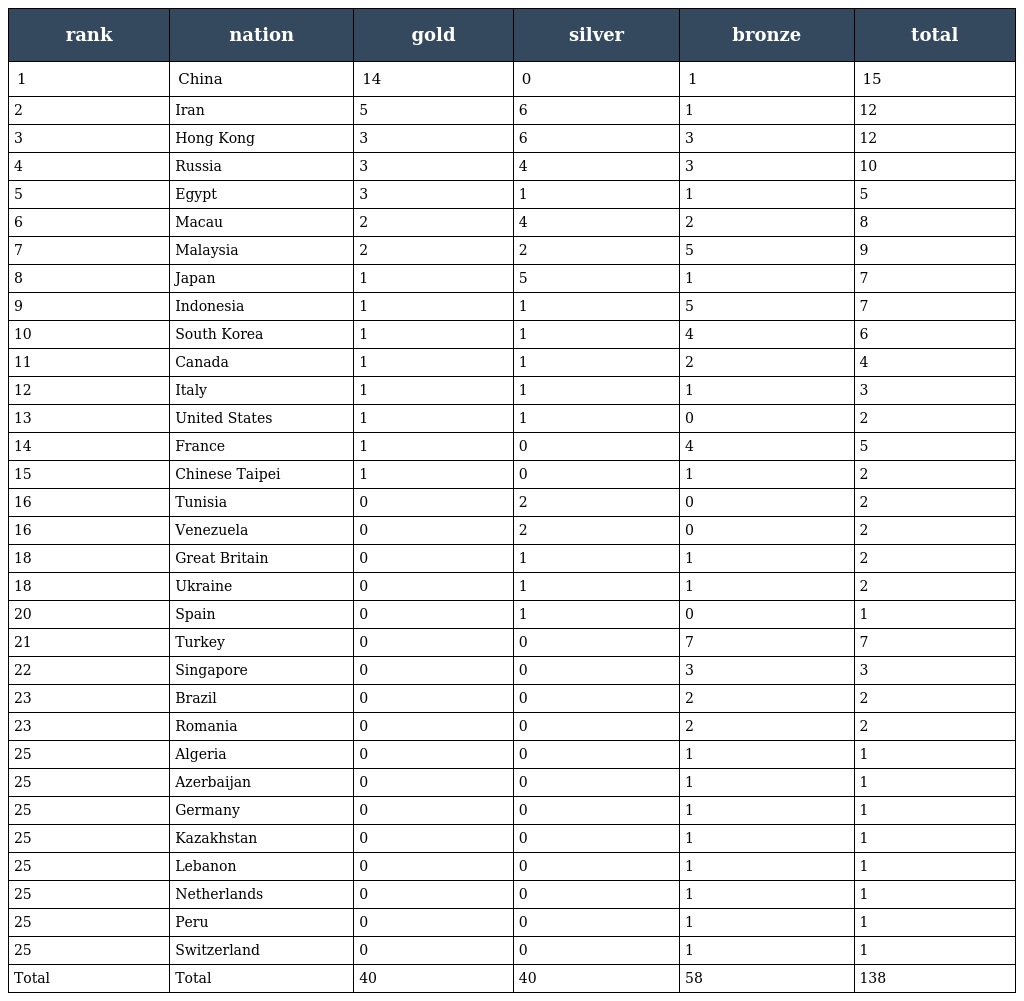
| rank | nation | gold | silver | bronze | total |
 | --- | --- | --- | --- | --- | --- |
 | 1 | China | 14 | 0 | 1 | 15 |
 | 2 | Iran | 5 | 6 | 1 | 12 |
 | 3 | Hong Kong | 3 | 6 | 3 | 12 |
 | 4 | Russia | 3 | 4 | 3 | 10 |
 | 5 | Egypt | 3 | 1 | 1 | 5 |
 | 6 | Macau | 2 | 4 | 2 | 8 |
 | 7 | Malaysia | 2 | 2 | 5 | 9 |
 | 8 | Japan | 1 | 5 | 1 | 7 |
 | 9 | Indonesia | 1 | 1 | 5 | 7 |
 | 10 | South Korea | 1 | 1 | 4 | 6 |
 | 11 | Canada | 1 | 1 | 2 | 4 |
 | 12 | Italy | 1 | 1 | 1 | 3 |
 | 13 | United States | 1 | 1 | 0 | 2 |
 | 14 | France | 1 | 0 | 4 | 5 |
 | 15 | Chinese Taipei | 1 | 0 | 1 | 2 |
 | 16 | Tunisia | 0 | 2 | 0 | 2 |
 | 16 | Venezuela | 0 | 2 | 0 | 2 |
 | 18 | Great Britain | 0 | 1 | 1 | 2 |
 | 18 | Ukraine | 0 | 1 | 1 | 2 |
 | 20 | Spain | 0 | 1 | 0 | 1 |
 | 21 | Turkey | 0 | 0 | 7 | 7 |
 | 22 | Singapore | 0 | 0 | 3 | 3 |
 | 23 | Brazil | 0 | 0 | 2 | 2 |
 | 23 | Romania | 0 | 0 | 2 | 2 |
 | 25 | Algeria | 0 | 0 | 1 | 1 |
 | 25 | Azerbaijan | 0 | 0 | 1 | 1 |
 | 25 | Germany | 0 | 0 | 1 | 1 |
 | 25 | Kazakhstan | 0 | 0 | 1 | 1 |
 | 25 | Lebanon | 0 | 0 | 1 | 1 |
 | 25 | Netherlands | 0 | 0 | 1 | 1 |
 | 25 | Peru | 0 | 0 | 1 | 1 |
 | 25 | Switzerland | 0 | 0 | 1 | 1 |
 | Total | Total | 40 | 40 | 58 | 138 |